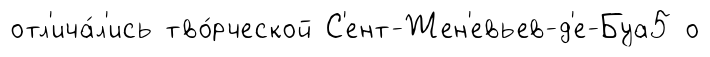
отл'ича́л'ись тво́рческой С'ент-Жен'евьев-д'е-Буа5 о